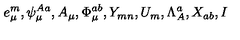
e _ { \mu } ^ { m } , \psi _ { \mu } ^ { A a } , A _ { \mu } , \Phi _ { \mu } ^ { a b } , Y _ { m n } , U _ { m } , \Lambda _ { A } ^ { a } , X _ { a b } , I